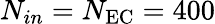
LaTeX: N_{in}=N_{\mathrm{EC}}=400